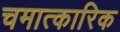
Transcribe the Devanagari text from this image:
चमात्कारिक